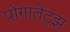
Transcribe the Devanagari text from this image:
पोगातेट्झ